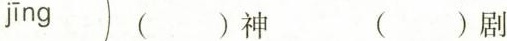
jīng （）神 （）剧